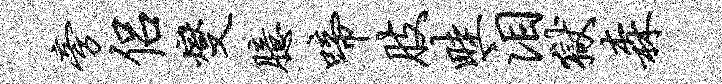
旁侣燮臆啼肢畦泪狱森